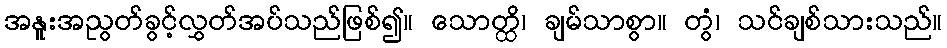
အနူးအညွတ်ခွင့်လွှတ်အပ်သည်ဖြစ်၍။ သောတ္ထိ၊ ချမ်သာစွာ။ တွံ၊ သင်ချစ်သားသည်။